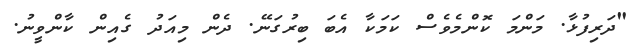
"ދަރިފުޅާ. މަންމަ ކޮންމެވެސް ކަމަކާ އެބަ ބިރުގަނޭ. ދެން މިއަދު ގެއިން ކާންވީނު.